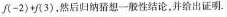
j(-2)+f(3)，然后归纳猜想一般性结论，并给出证明。